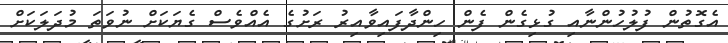
އެގޮތުން ފުލުހުންނާއި ގުޅިގެން ފެން ހިންދާފައިވާއިރު ރަށުގެ އެއްވެސް ގެޔަކަށް ނުވަތަ މުދަލަކަށް